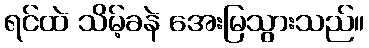
ရင်ထဲ သိမ့်ခနဲ အေးမြသွားသည်။